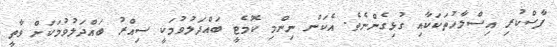
ފާސްކުރި އިސްލާހުތަކަކާއި ގުޅިގެންނެވެ. އެކަން ނިންމި ކޮމެޓީ ބައްދަލުވުމަކީ ސިއްރު ބައްދަލުވުމަކަށް ވާތީ